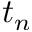
t _ { n }